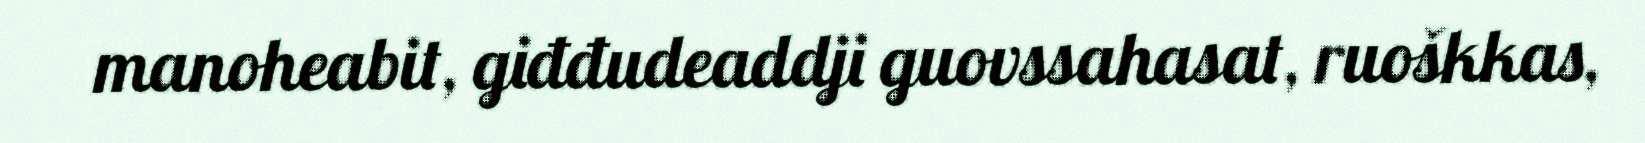
manoheabit, giđđudeaddji guovssahasat, ruoškkas,